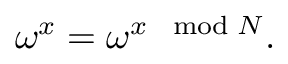
\omega ^ { x } = \omega ^ { x \mod N } .